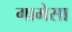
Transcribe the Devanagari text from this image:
गामेसा